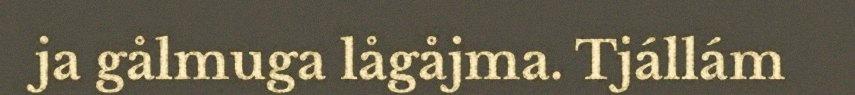
ja gålmuga lågåjma. Tjállám